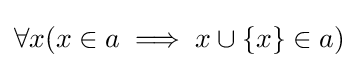
\forall x(x\in a\implies x\cup \{x\}\in a)